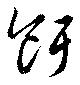
餌